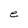
Character: e